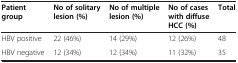
<table><thead><tr><td><b>Patient group</b></td><td><b>No of solitary lesion (%)</b></td><td><b>No of multiple lesion (%)</b></td><td><b>No of cases with diffuse HCC (%)</b></td><td><b>Total</b></td></tr></thead><tbody><tr><td>HBV positive</td><td>22 (46%)</td><td>14 (29%)</td><td>12 (26%)</td><td>48</td></tr><tr><td>HBV negative</td><td>12 (34%)</td><td>12 (34%)</td><td>11 (32%)</td><td>35</td></tr></tbody></table>